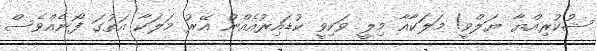
ޝުކުރިއްޔާ ޔަލްވީ! މަލަކާއާ މިލީ ވަކިވީ ކުޑައިރުއެއްނު އޭރު މަލަކާ އަތުގަ ފޯނެއްވެސް